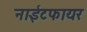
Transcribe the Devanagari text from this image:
नाईटफायर